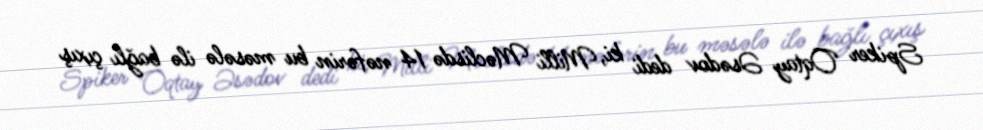
Spiker Oqtay Əsədov dedi ki, Milli Məclisdə 14 nəfərin bu məsələ ilə bağlı çıxış